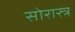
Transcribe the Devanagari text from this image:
सोरास्त्र